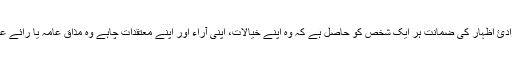
انسانی حقوق کے بین الاقوامی اعلان نامہ کی رُو سے آزادئ اظہار کی ضمانت ہر ایک شخص کو حاصل ہے کہ وہ اپنے خیالات، اپنی آراء اور اپنے معتقدات چاہے وہ مذاقِ عامہ یا رائے عامہ سے متصادم ہوں، رکھ سکتا ہے اور پھیلا سکتا ہے۔